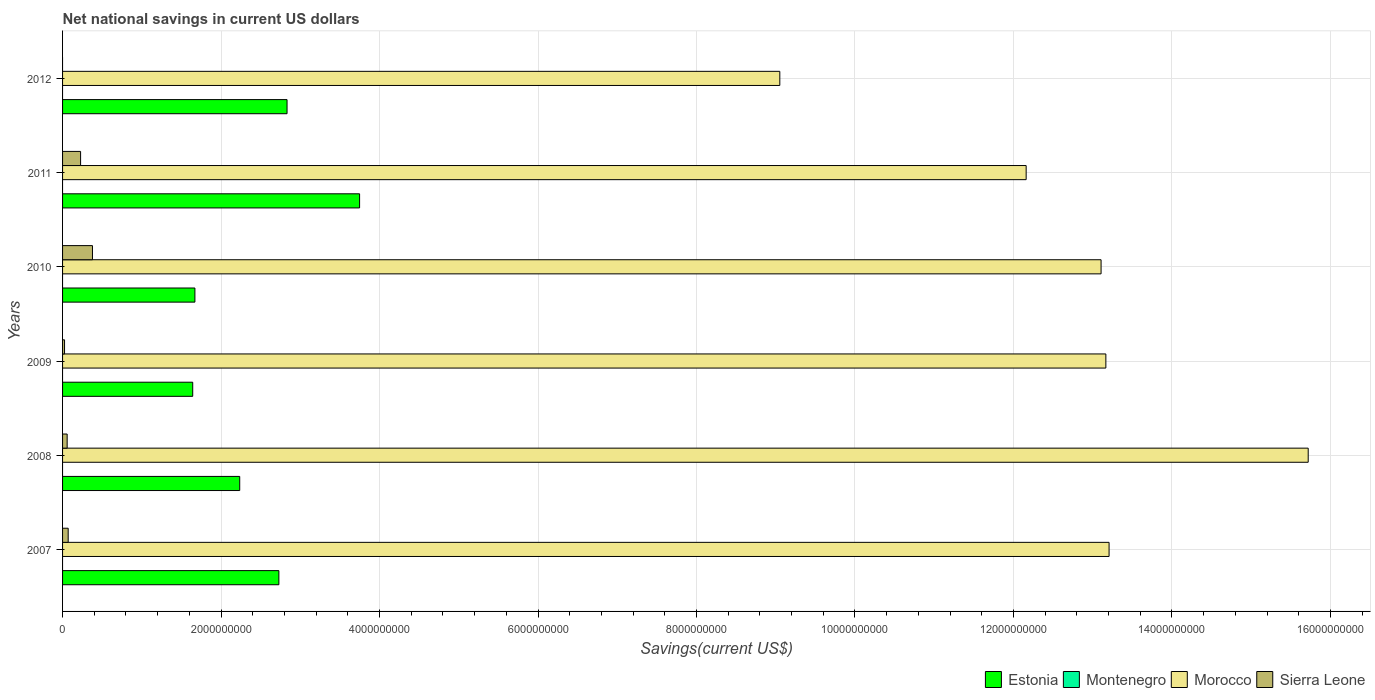
| Years | Estonia | Montenegro | Morocco | Sierra Leone |
 | --- | --- | --- | --- | --- |
 | 2007 | 2.73e+09 | -4.98e+08 | 1.32e+10 | 7.09e+07 |
 | 2008 | 2.24e+09 | -8.04e+08 | 1.57e+10 | 5.8e+07 |
 | 2009 | 1.64e+09 | -5.68e+08 | 1.32e+10 | 2.5e+07 |
 | 2010 | 1.67e+09 | -5.02e+08 | 1.31e+10 | 3.77e+08 |
 | 2011 | 3.75e+09 | -3.72e+08 | 1.22e+10 | 2.28e+08 |
 | 2012 | 2.83e+09 | -3.31e+08 | 9.05e+09 | -5.07e+07 |